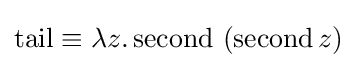
\operatorname {tail} \equiv \lambda z.\operatorname {second} \ (\operatorname {second} z)